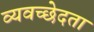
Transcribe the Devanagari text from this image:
व्यवच्छेदता